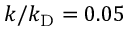
k / k _ { \mathrm { D } } = 0 . 0 5